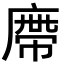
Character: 廗